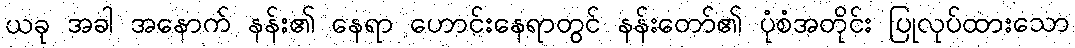
ယခု အခါ အနောက် နန်း၏ နေရာ ဟောင်းနေရာတွင် နန်းတော်၏ ပုံစံအတိုင်း ပြုလုပ်ထားသော